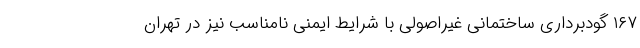
۱۶۷ گودبرداری ساختمانی غیراصولی با شرایط ایمنی نامناسب نیز در تهران